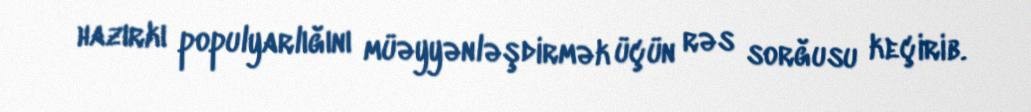
hazırkı populyarlığını müəyyənləşdirmək üçün rəs sorğusu keçirib.